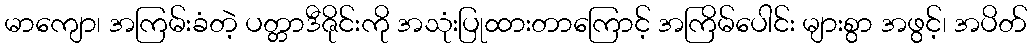
မာကျော၊ အကြမ်းခံတဲ့ ပတ္တာဒီဇိုင်းကို အသုံးပြုထားတာကြောင့် အကြိမ်ပေါင်း များစွာ အဖွင့်၊ အပိတ်